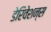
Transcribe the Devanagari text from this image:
डेरिवेशन्स